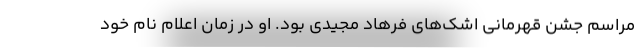
مراسم جشن قهرمانی اشک‌های فرهاد مجیدی بود. او در زمان اعلام نام خود